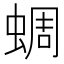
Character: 蜩